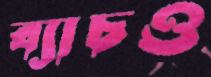
ব্যাচও